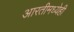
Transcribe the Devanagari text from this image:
आरतीमध्येही